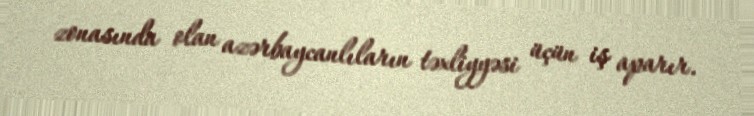
zonasında olan azərbaycanlıların təxliyyəsi üçün iş aparır.